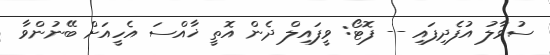
ސުވާލު އުފެދިފައި -- ފޮޓޯ: ވީފައިލް ދެން އޮތީ ޚާއްސަ އެހީއަށް ބޭނުންވާ